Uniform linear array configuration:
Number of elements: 48
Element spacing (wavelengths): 1
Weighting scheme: exponential
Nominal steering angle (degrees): -45
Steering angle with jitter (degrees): -44.194
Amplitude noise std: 0.05
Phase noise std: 0.05

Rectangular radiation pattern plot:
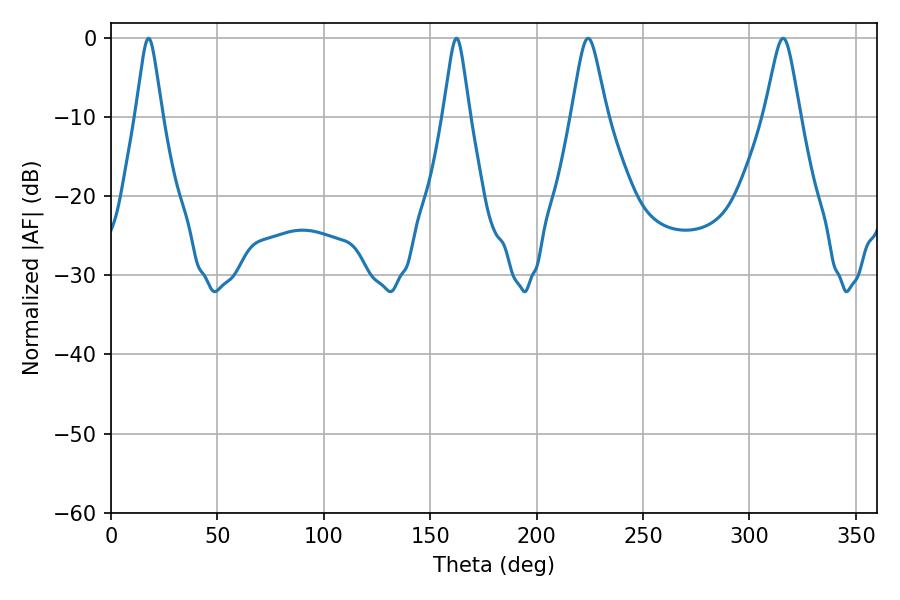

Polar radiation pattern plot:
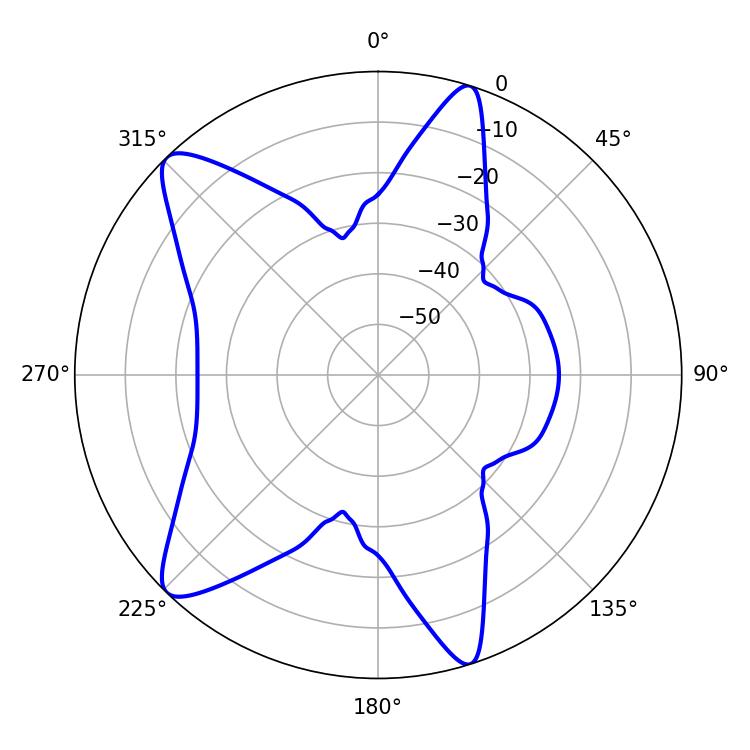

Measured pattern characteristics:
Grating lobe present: TRUE
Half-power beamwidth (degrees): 5.94
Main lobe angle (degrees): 162.36